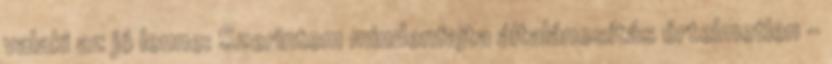
valaki az jó lenne: Szerintem mindenfajta általánosítás értelmetlen -